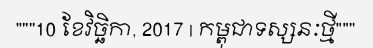
"""10 ខែវិច្ឆិកា, 2017 | កម្ពុជាទស្សនៈថ្មី"""